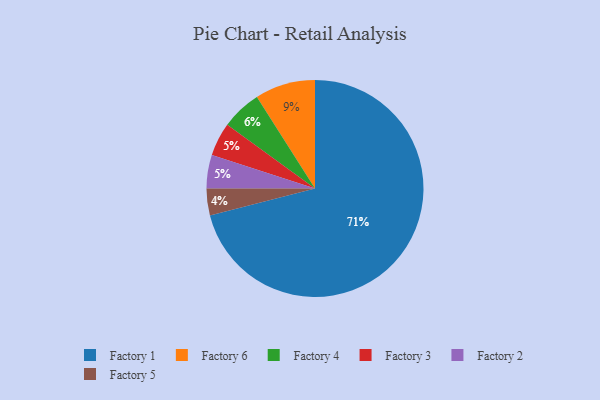
{"axis": {"x": "Category", "y": "Percentage"}, "legend": ["Factory 1", "Factory 2", "Factory 3", "Factory 4", "Factory 5", "Factory 6"], "data": [{"x": "Factory 5", "y": 4, "type": "Factory 5"}, {"x": "Factory 6", "y": 9, "type": "Factory 6"}, {"x": "Factory 4", "y": 6, "type": "Factory 4"}, {"x": "Factory 3", "y": 5, "type": "Factory 3"}, {"x": "Factory 1", "y": 71, "type": "Factory 1"}, {"x": "Factory 2", "y": 5, "type": "Factory 2"}]}